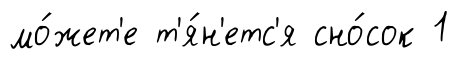
мо́жет'е т'я́н'етс'я сно́сок 1